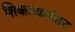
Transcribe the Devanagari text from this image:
शिकल्यानंतर